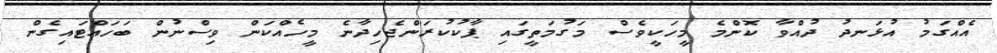
އެއްގަމު އުޅަނދު ދުއްވާ ކޮންމެ މީހަކީވެސް މަގުމަތީގައި ޕާކުކުރަންޖެހިދާނެ މީހެއްކަން ވިސްނުން ބަހައްޓައިގެން